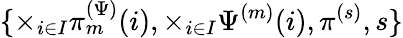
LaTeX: \{ \times_{i\in I}\pi_{m}^{(\Psi)}(i),\times_{i\in I}\Psi^{(m)}(i),\pi^{(s)},s\}